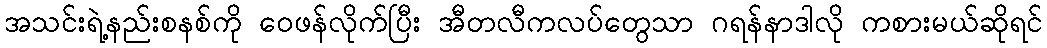
အသင်းရဲ့နည်းစနစ်ကို ဝေဖန်လိုက်ပြီး အီတလီကလပ်တွေသာ ဂရန်နာဒါလို ကစားမယ်ဆိုရင်